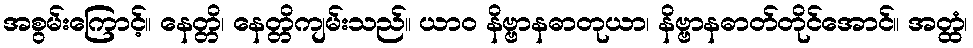
အစွမ်းကြောင့်။ နေတ္တိ၊ နေတ္တိကျမ်းသည်။ ယာဝ နိဗ္ဗာနဓာတုယာ၊ နိဗ္ဗာနဓာတ်တိုင်အောင်။ အတ္ထံ၊